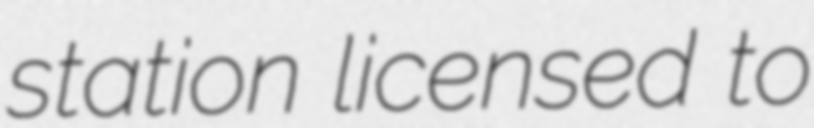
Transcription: station licensed to